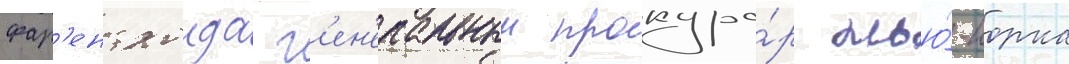
фар'ентхолда г'ен'еральныи прокуро́р нью́-иорка